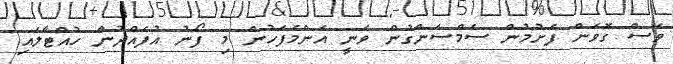
ވެސް ގޮވަން ފެށުމުން ސެމްސަންގުން ވަނީ އެންމެފަހުން މި ފޯނު އުފެއްދުން ހުއްޓާލައި